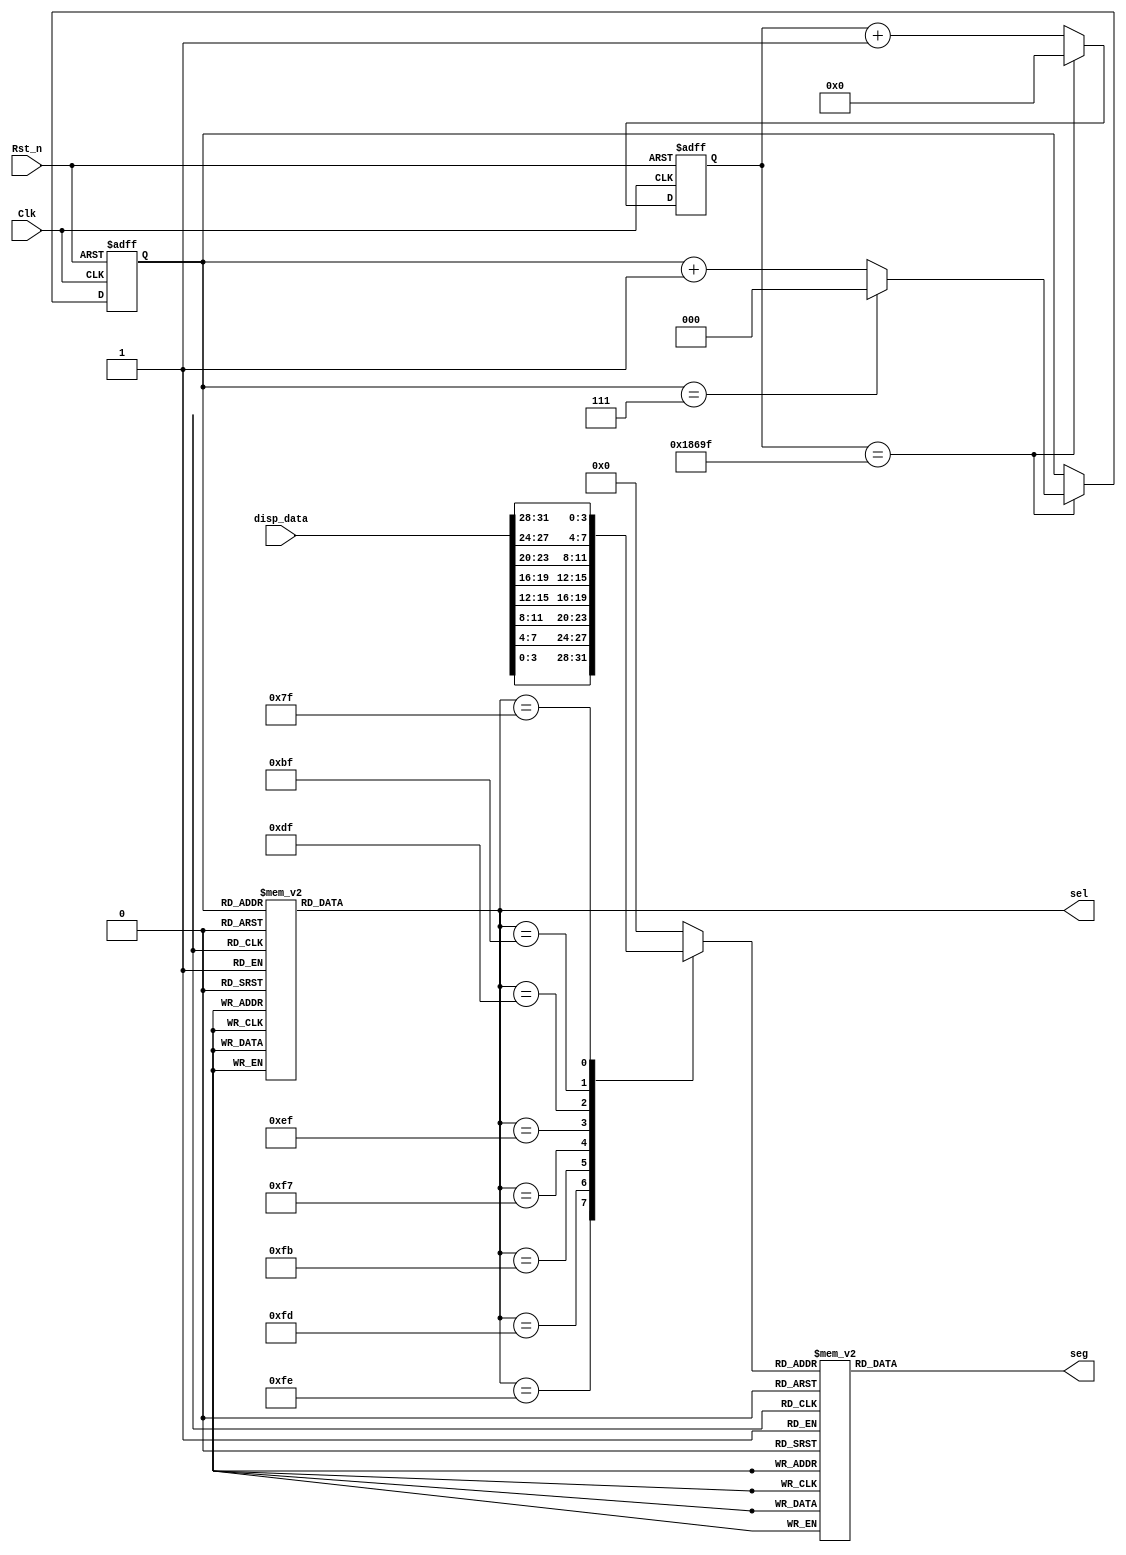

module HEX8(
		Clk,
		Rst_n,
		disp_data,
		sel,
		seg
	);

	input Clk;	//50M
	input Rst_n;
	
	input [31:0]disp_data;
	
	output [7:0] sel;
	output [7:0] seg;
	
	reg [16:0]divider_cnt;//25000-1
	
	reg [2:0]clk_1K;
	reg [7:0]sel_r;
	reg [7:0]seg_r;
	reg [3:0]data_tmp;

//1Khz
	always@(posedge Clk or negedge Rst_n)
	if(!Rst_n)
		divider_cnt <= 17'd0;
	else if(divider_cnt == 17'd99999)//17'd99999
		divider_cnt <= 17'd0;
	else
		divider_cnt <= divider_cnt + 1'b1;

	
	always@(posedge Clk or negedge Rst_n)
	if(!Rst_n)
		clk_1K <= 3'd0;
	else if(divider_cnt == 17'd99999)//17'd99999
		if(clk_1K == 3'd7)
			clk_1K <= 3'd0;
		else clk_1K <= clk_1K+3'd1;
	else
		clk_1K <= clk_1K;
		

	always@(*)
	case(clk_1K)
		3'd0:sel_r = 8'b11111110;
		3'd1:sel_r = 8'b11111101;
		3'd2:sel_r = 8'b11111011;
		3'd3:sel_r = 8'b11110111;
		3'd4:sel_r = 8'b11101111;
        3'd5:sel_r = 8'b11011111;
        3'd6:sel_r = 8'b10111111;
        3'd7:sel_r = 8'b01111111;
		default:sel_r = 8'b11111111;
	endcase
		
	always@(*)
		case(sel_r)
			8'b11111110:data_tmp = disp_data[3:0];
			8'b11111101:data_tmp = disp_data[7:4];
			8'b11111011:data_tmp = disp_data[11:8];
			8'b11110111:data_tmp = disp_data[15:12];
			8'b11101111:data_tmp = disp_data[19:16];
            8'b11011111:data_tmp = disp_data[23:20];
            8'b10111111:data_tmp = disp_data[27:24];
            8'b01111111:data_tmp = disp_data[31:28];
			default:data_tmp = 4'b0000;
		endcase
		
	always@(*)
       case(data_tmp)
        4'h0:seg_r = 8'b11000000;
        4'h1:seg_r = 8'b11111001;
        4'h2:seg_r = 8'b10100100;
        4'h3:seg_r = 8'b10110000;
        4'h4:seg_r = 8'b10011001;
        4'h5:seg_r = 8'b10010010;
        4'h6:seg_r = 8'b10000010;
        4'h7:seg_r = 8'b11111000;
        4'h8:seg_r = 8'b10000000;
        4'h9:seg_r = 8'b10010000;
        4'ha:seg_r = 8'b10001000;
        4'hb:seg_r = 8'b10000011;
        4'hc:seg_r = 8'b11000110;
        4'hd:seg_r = 8'b10100001;
        4'he:seg_r = 8'b10000110;
        4'hf:seg_r = 8'b10001110;
       endcase
		
	assign sel = sel_r;
	assign seg = seg_r;
endmodule